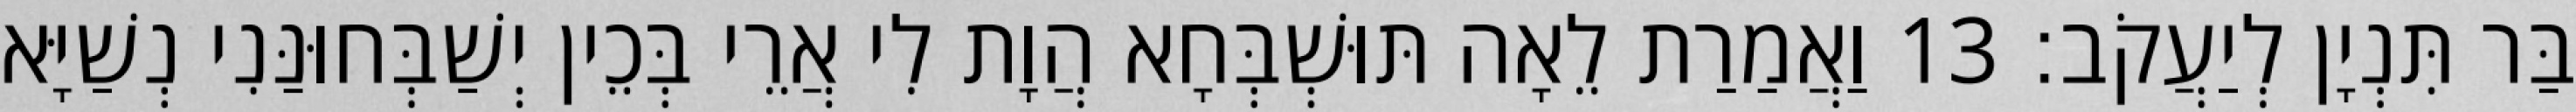
בַּר תִּנְיָן לְיַעֲקֹב׃ 13 וַאֲמַרַת לֵאָה תּוּשְׁבְּחָא הֲוָת לִי אֲרֵי בְּכֵין יְשַׁבְּחוּנַּנִי נְשַׁיָּא